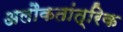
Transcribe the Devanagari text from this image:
अलौकतांत्रिक